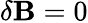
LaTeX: \delta\mathbf{B}=0